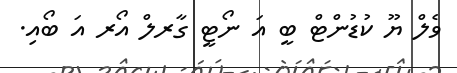
ވެލް ޔޫ ކުޑުންޓް ބީ އަ ނޯޓީ ގާރލް އޯރ އަ ބޯއި.